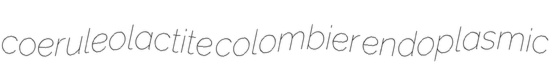
coeruleolactite colombier endoplasmic